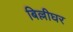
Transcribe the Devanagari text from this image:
बिल्लीघर